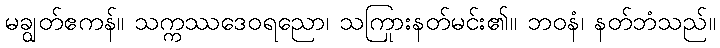
မချွတ်ဧကန်။ သက္ကဿဒေဝရညော၊ သကြားနတ်မင်း၏။ ဘဝနံ၊ နတ်ဘုံသည်။